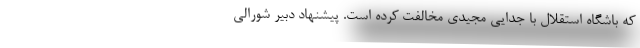
که باشگاه استقلال با جدایی مجیدی مخالفت کرده است. پیشنهاد دبیر شورالی